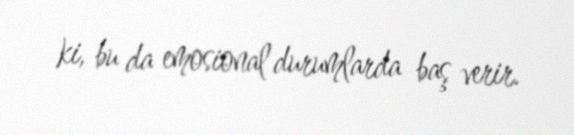
ki, bu da emosional durumlarda baş verir.